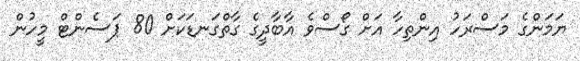
ޔަމަންގެ މަސްރަހު އިންތިހާ އަށް ގޯސްވެ އާބާދީގެ ގާތްގަނޑަކަަށް 80 ޕަސެންޓް މީހުން